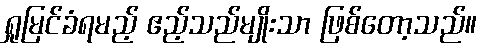
ရှုမြင်ခံရမည့် ဧည့်သည်မျိုးသာ ဖြစ်တော့သည်။